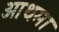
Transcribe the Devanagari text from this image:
आथमा